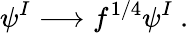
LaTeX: \psi^{I}\longrightarrow f^{1/4}\psi^{I}~.